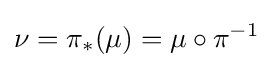
\nu =\pi _{*}(\mu )=\mu \circ \pi ^{-1}